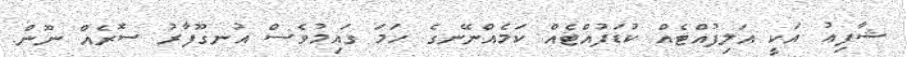
ޝާފިޢު އަކީ އަލިފުއްޓެއް ކުޑަފުއްޓެއް ކަމެއްނޭނގެ ހަމަ ގައިމުވެސް އުނގޫފާރު ސޮރެއް ނޫން.